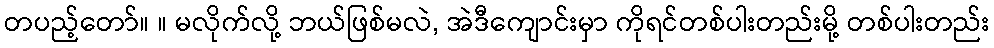
တပည့်တော်။ ။ မလိုက်လို့ ဘယ်ဖြစ်မလဲ, အဲဒီကျောင်းမှာ ကိုရင်တစ်ပါးတည်းမို့ တစ်ပါးတည်း